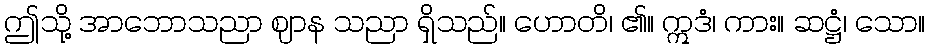
ဤသို့ အာဘောသညာ ဈာန သညာ ရှိသည်။ ဟောတိ၊ ၏။ ဣဒံ၊ ကား။ ဆဋ္ဌံ၊ သော။